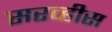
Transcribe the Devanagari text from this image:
सरव्हीस